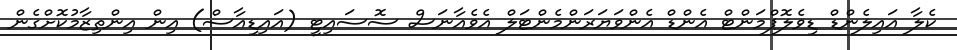
ކެލާ އައިލެންޑް ޑިވެލޮޕްމަންޓް އެންޑް އެންވަޔަރަންމެންޓަލް އެވެއާނަސް ސޮސައިޓީ (އައިޑިއާސް) އިން އިންތިޒާމުކޮށްގެން